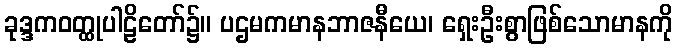
ခုဒ္ဒကဝတ္ထုပါဠိတော်၌။ ပဌမကမာနဘာဇနီယေ၊ ရှေးဦးစွာဖြစ်သောမာနကို